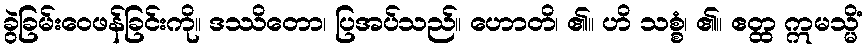
ခွဲခြမ်းဝေဖန်ခြင်းကို။ ဒဿိတော၊ ပြအပ်သည်။ ဟောတိ၊ ၏။ ဟိ သစ္စံ၊ ၏။ ဧတ္ထ ဣမသ္မိံ